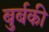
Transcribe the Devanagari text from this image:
बुर्बकी